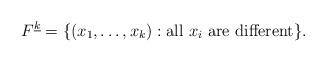
LaTeX: \begin{align*}F^{\underline{k}} = \{(x_1,\dots,x_k) : \mbox{all $x_i$ are different}\}.\end{align*}